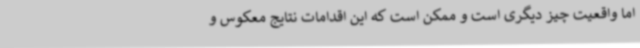
اما واقعیت چیز دیگری است و ممکن است که این اقدامات نتایج معکوس و